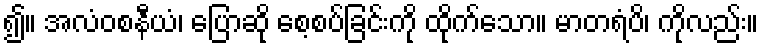
၍။ အလံဝစနီယံ၊ ပြောဆို စေ့စပ်ခြင်းကို ထိုက်သော။ မာတရံပိ၊ ကိုလည်း။